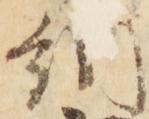
納